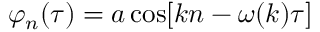
\begin{array} { r } { \varphi _ { n } ( \tau ) = a \cos [ k n - \omega ( k ) \tau ] } \end{array}